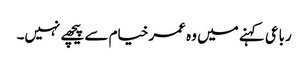
رباعی کہنے میں وہ عمر خیام سے پیچھے نہیں۔